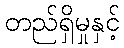
တည်ရှိမှုနှင့်